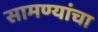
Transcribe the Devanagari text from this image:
सामण्यांचा